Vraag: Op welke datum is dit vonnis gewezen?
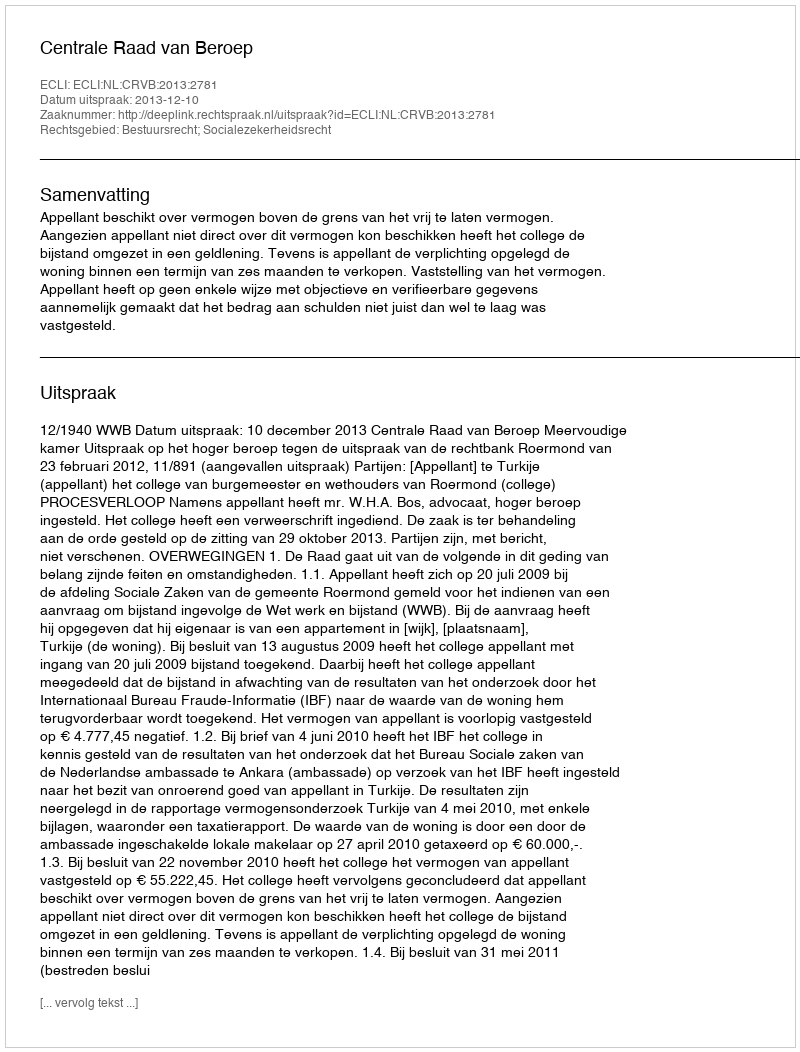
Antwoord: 2013-12-10